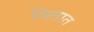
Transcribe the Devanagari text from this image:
मितात